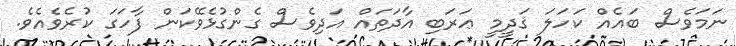
ނަމަވެސް ބައެއް ކަހަލަ ޤަދީމީ ޢަރަބި އާދަތައް އަދިވެސް ގެންގުޅެވޭކަން ފާހަގަ ކުރެވެއެވެ.